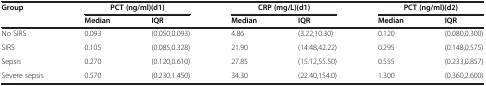
| Group | <COLSPAN=2> PCT (ng/ml)(d1) | <COLSPAN=2> CRP (mg/L)(d1) | <COLSPAN=2> PCT (ng/ml)(d2) |
 |  | Median | IQR | Median | IQR | Median | IQR |
 | --- | --- | --- | --- | --- | --- | --- |
 | No SIRS | 0.093 | (0.050,0.093) | 4.86 | (3.22,10.30) | 0.120 | (0.080,0.300) |
 | SIRS | 0.105 | (0.085,0.328) | 21.90 | (14.48,42.22) | 0.295 | (0.148,0.575) |
 | Sepsis | 0.270 | (0.120,0.610) | 27.85 | (15.12,55.50) | 0.555 | (0.233,0.857) |
 | Severe sepsis | 0.570 | (0.230,1.450) | 34.30 | (22.40,154.0) | 1.300 | (0.360,2.600) |